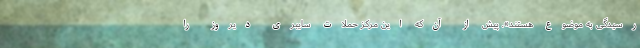
رسیدگی به موضوع هستند». پیش از آن‌که این مرکز حملات سایبری دیروز را